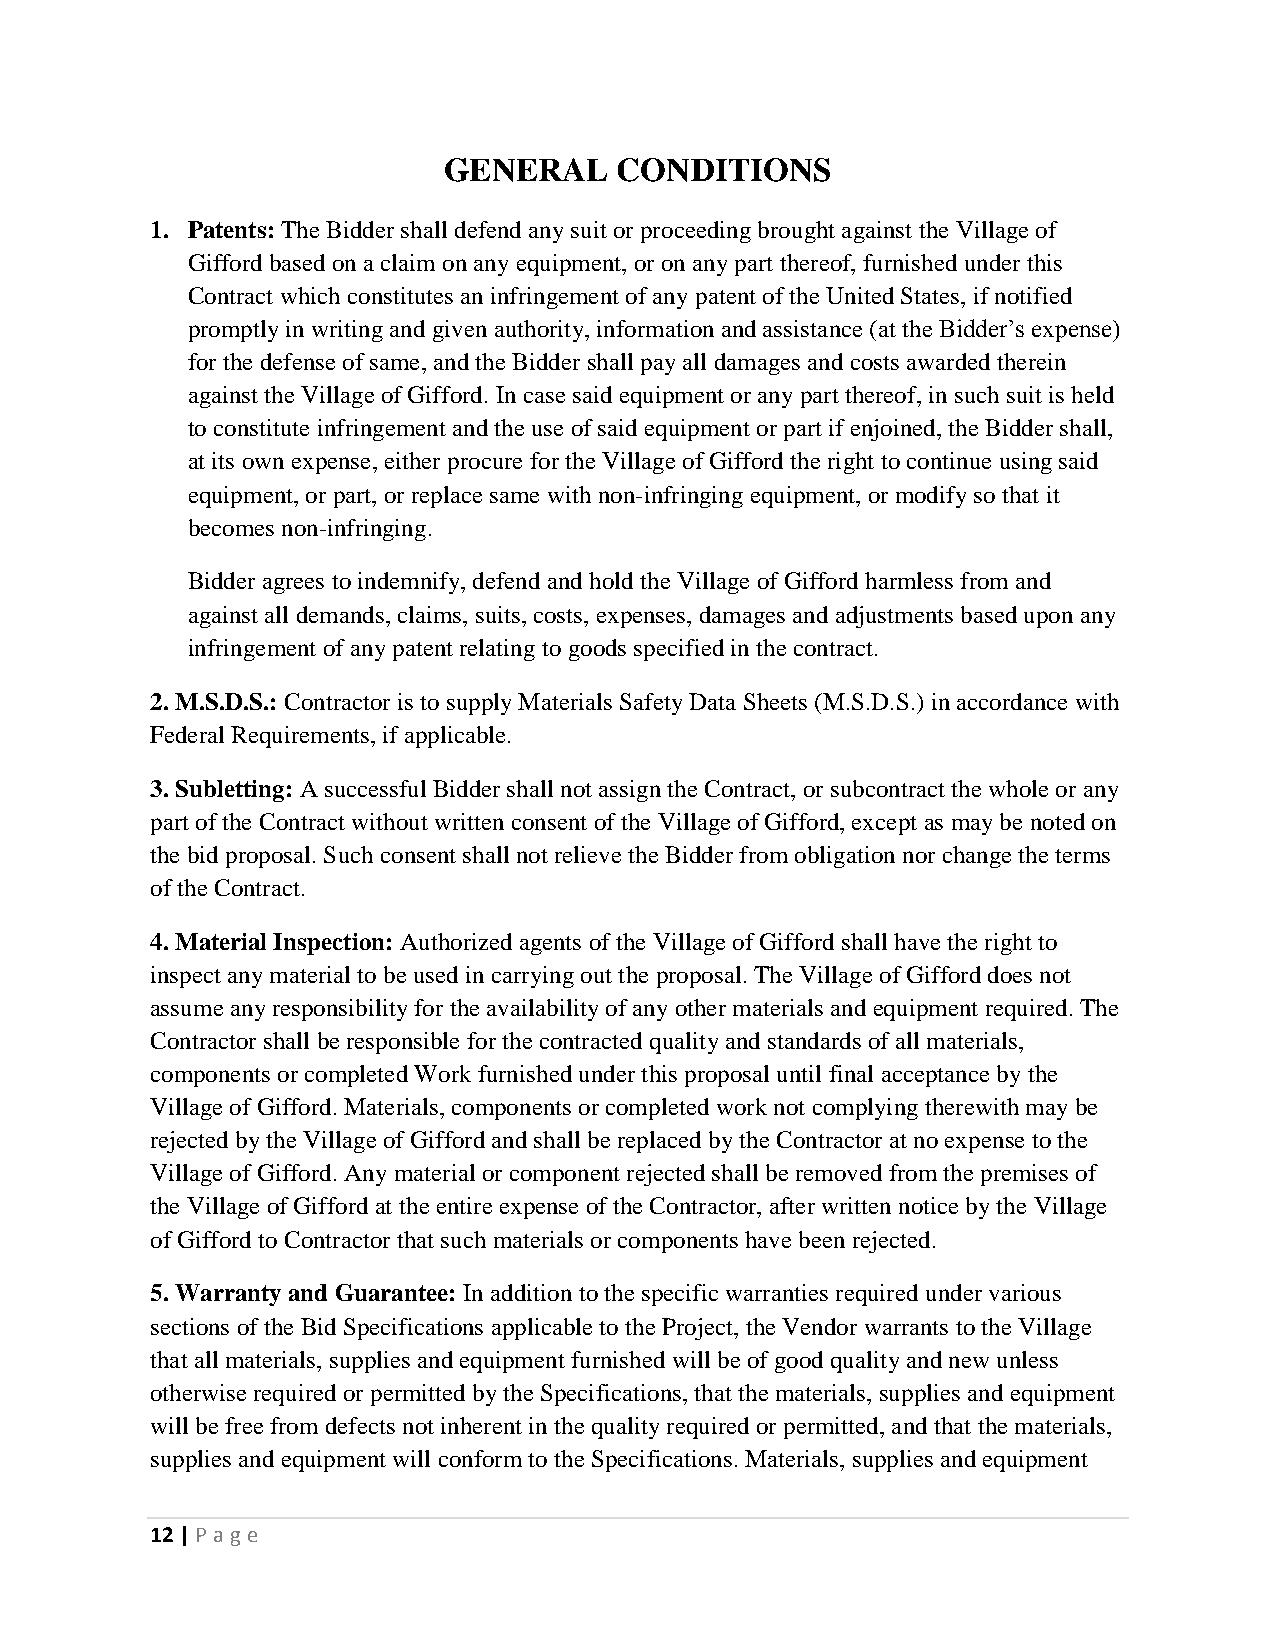
GENERAL     CONDITIONS
 1. Patents: The Bidder shall defend any suit or proceeding brought against the Village of
 Gifford based on a claim on any equipment, or on any part thereof, furnished under this
 Contract which constitutes an infringement of any patent of the United States, if notified
 promptly in writing and given authority, information and assistance (at the Bidder’s expense)
 for the defense of same, and the Bidder shall pay all damages and costs awarded therein
 against the Village of Gifford. In case said equipment or any part thereof, in such suit is held
 to constitute infringement and the use of said equipment or part if enjoined, the Bidder shall,
 at its own expense, either procure for the Village of Gifford the right to continue using said
 equipment, or part, or replace same with non-infringing equipment, or modify so that it
 becomes non-infringing.
 Bidder agrees to indemnify, defend and hold the Village of Gifford harmless from and
 against all demands, claims, suits, costs, expenses, damages and adjustments based upon any
 infringement of any patent relating to goods specified in the contract.
 2. M.S.D.S.: Contractor is to supply Materials Safety Data Sheets (M.S.D.S.) in accordance with
 Federal Requirements, if applicable.
 3. Subletting: A successful Bidder shall not assign the Contract, or subcontract the whole or any
 part of the Contract without written consent of the Village of Gifford, except as may be noted on
 the bid proposal. Such consent shall not relieve the Bidder from obligation nor change the terms
 of the Contract.
 4. Material Inspection: Authorized agents of the Village of Gifford shall have the right to
 inspect any material to be used in carrying out the proposal. The Village of Gifford does not
 assume any responsibility for the availability of any other materials and equipment required. The
 Contractor shall be responsible for the contracted quality and standards of all materials,
 components or completed Work furnished under this proposal until final acceptance by the
 Village of Gifford. Materials, components or completed work not complying therewith may be
 rejected by the Village of Gifford and shall be replaced by the Contractor at no expense to the
 Village of Gifford. Any material or component rejected shall be removed from the premises of
 the Village of Gifford at the entire expense of the Contractor, after written notice by the Village
 of Gifford to Contractor that such materials or components have been rejected.
 5. Warranty and Guarantee: In addition to the specific warranties required under various
 sections of the Bid Specifications applicable to the Project, the Vendor warrants to the Village
 that all materials, supplies and equipment furnished will be of good quality and new unless
 otherwise required or permitted by the Specifications, that the materials, supplies and equipment
 will be free from defects not inherent in the quality required or permitted, and that the materials,
 supplies and equipment will conform to the Specifications. Materials, supplies and equipment
 12 | P age